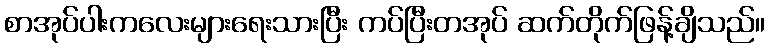
စာအုပ်ပါးကလေးများရေးသားပြီး ကပ်ပြီးတအုပ် ဆက်တိုက်ဖြန့်ချိသည်။